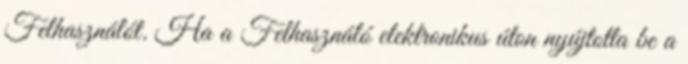
Felhasználót. Ha a Felhasználó elektronikus úton nyújtotta be a